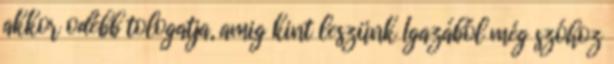
akkor odébb tologatja, amig kint leszünk Igazából még szóhoz